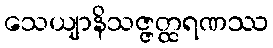
သေယျာနိသဇ္ဇတ္ထရဏဿ